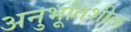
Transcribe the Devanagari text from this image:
अनुभूतिशील